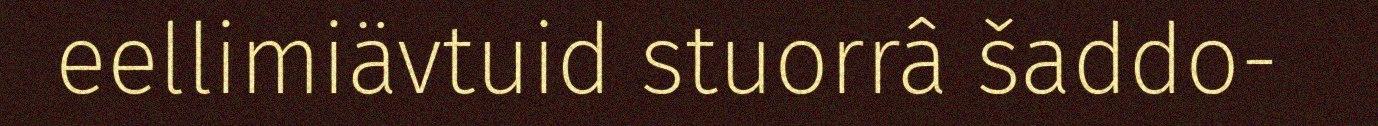
eellimiävtuid stuorrâ šaddo-